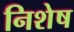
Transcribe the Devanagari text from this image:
निशेष